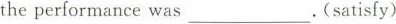
the performance was ___ .(satisy)